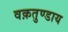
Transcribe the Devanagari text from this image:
वक़तुण्डाय